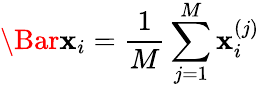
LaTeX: \Bar{\mathbf{x}}_{i}=\frac{1}{M}\sum_{j=1}^{M}\mathbf{x}_{i}^{(j)}